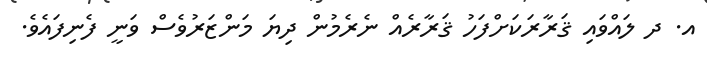
އ. ދ ލައްވައި ޤަރާރަކަށްފަހު ޤަރާރެއް ނެރެމުން ދިޔަ މަންޒަރުވެސް ވަނީ ފެނިފައެވެ.